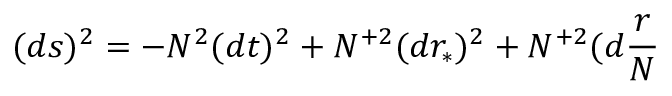
( d s ) ^ { 2 } = - N ^ { 2 } ( d t ) ^ { 2 } + N ^ { + 2 } ( d r _ { \ast } ) ^ { 2 } + N ^ { + 2 } ( d \frac { r } { N }